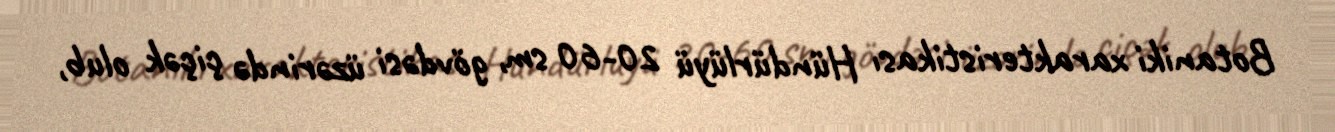
Botaniki xarakteristikası Hündürlüyü 20-60 sm, gövdəsi üzərində çiçək olub,